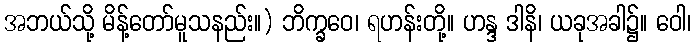
အဘယ်သို့ မိန့်တော်မူသနည်း။) ဘိက္ခဝေ၊ ရဟန်းတို့။ ဟန္ဒ ဒါနိ၊ ယခုအခါ၌။ ဝေါ၊